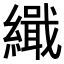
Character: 𮉋